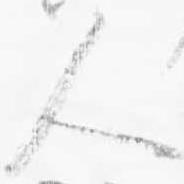
人